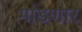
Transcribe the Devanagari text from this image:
मांडणार